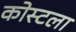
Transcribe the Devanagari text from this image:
कोस्टला